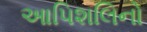
આપિશલિનો